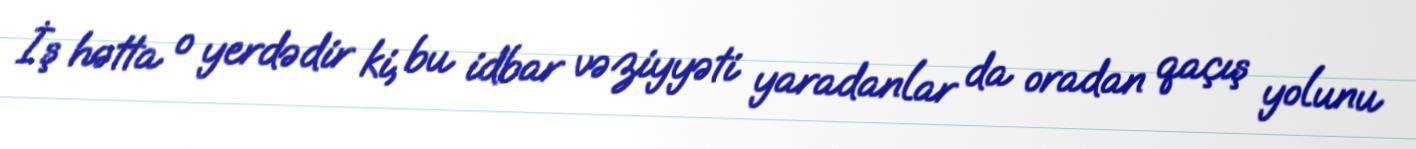
İş hətta o yerdədir ki, bu idbar vəziyyəti yaradanlar da oradan qaçış yolunu